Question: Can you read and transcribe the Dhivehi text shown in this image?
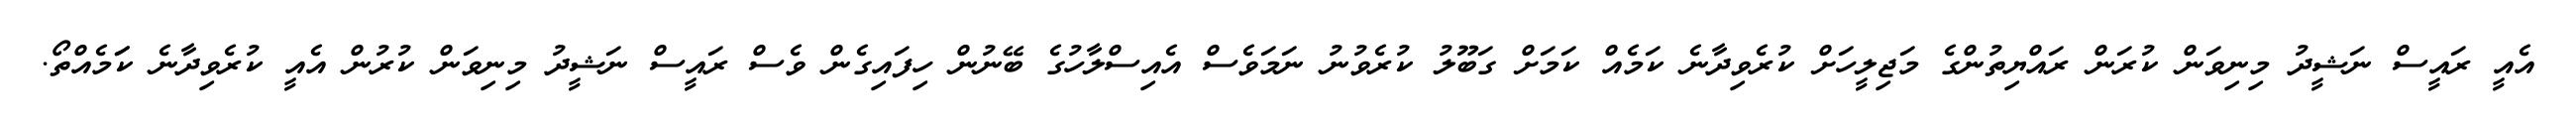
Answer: އެއީ ރައީސް ނަޝީދު މިނިވަން ކުރަން ރައްޔިތުންގެ މަޖިލީހަށް ކުރެވިދާނެ ކަމެއް ކަމަށް ގަބޫލު ކުރެވުނު ނަމަވެސް އެއިސްލާހުގެ ބޭނުން ހިފައިގެން ވެސް ރައީސް ނަޝީދު މިނިވަން ކުރުން އެއީ ކުރެވިދާނެ ކަަމެއްތޯ.